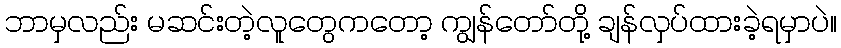
ဘာမှလည်း မဆင်းတဲ့လူတွေကတော့ ကျွန်တော်တို့ ချန်လှပ်ထားခဲ့ရမှာပဲ။